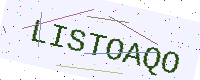
Text: LISTOAQO